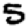
Digit: 5